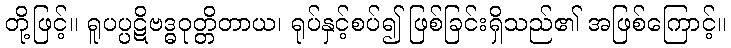
တို့ဖြင့်။ ရူပပ္ပဋိဗဒ္ဓဝုတ္တိတာယ၊ ရုပ်နှင့်စပ်၍ ဖြစ်ခြင်းရှိသည်၏ အဖြစ်ကြောင့်။